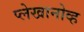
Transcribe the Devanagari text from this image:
प्लेखानोव्ह